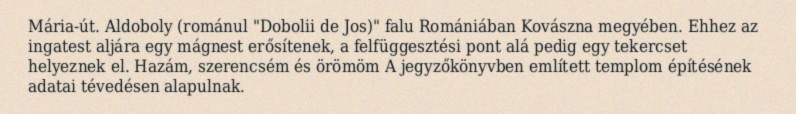
Mária-út. Aldoboly (románul "Dobolii de Jos)" falu Romániában Kovászna megyében. Ehhez az ingatest aljára egy mágnest erősítenek, a felfüggesztési pont alá pedig egy tekercset helyeznek el. Hazám, szerencsém és örömöm A jegyzőkönyvben említett templom építésének adatai tévedésen alapulnak.